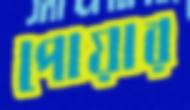
পোয়ার